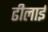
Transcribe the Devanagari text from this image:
ढीलाई